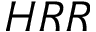
H R R